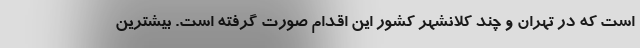
است که در تهران و چند کلانشهر کشور این اقدام صورت گرفته است. بیشترین